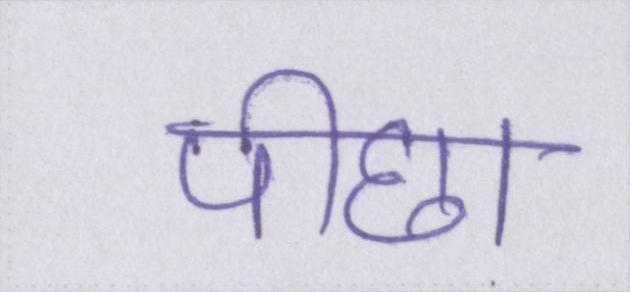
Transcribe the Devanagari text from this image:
पीछा